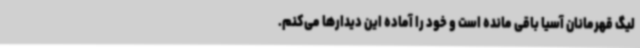
لیگ قهرمانان آسیا باقی مانده است و خود را آماده این دیدارها می‌کنم.